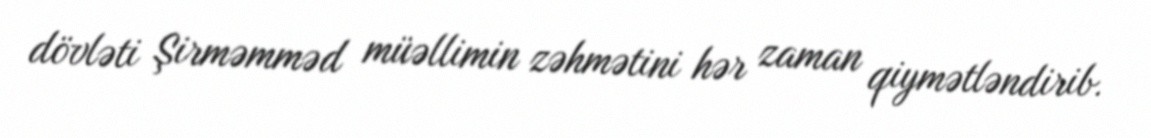
dövləti Şirməmməd müəllimin zəhmətini hər zaman qiymətləndirib.